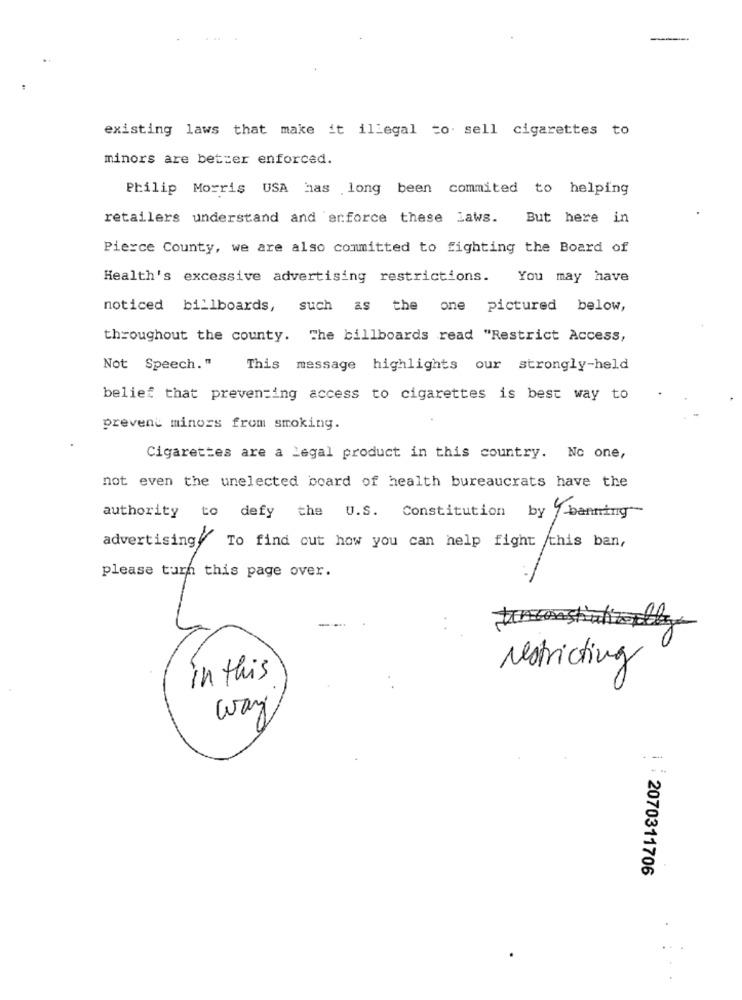
existing laws that make it illegal to sell cigarettes to
minors are better enforced.
Philip Morris USA has long been commited to helping
retailers understand and erforce these laws. But here in
Pierce County, we are also committed to fighting the Board of
Health's excessive advertising restrictions.
You may have
noticed billboards, such as the one pictured
below,
throughout the county. The billboards read "Restrict Access,
Not Speech."
This message highlights our strongly-held
belief that preventing access to cigarettes is best way to
prevent minors from smoking.
Cigarettes are a legal product in this country. No one,
not even the unelected board of health bureaucrats have the
authority to defy the U.S. Constitution by banning-
advertising, To find out how you can help fight this ban,
please turn this page over.
restricting
in this
way
i : 2070311706